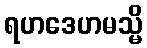
ရဟဒေဟမသ္မိ